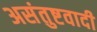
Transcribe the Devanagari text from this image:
असंतुष्टवादी